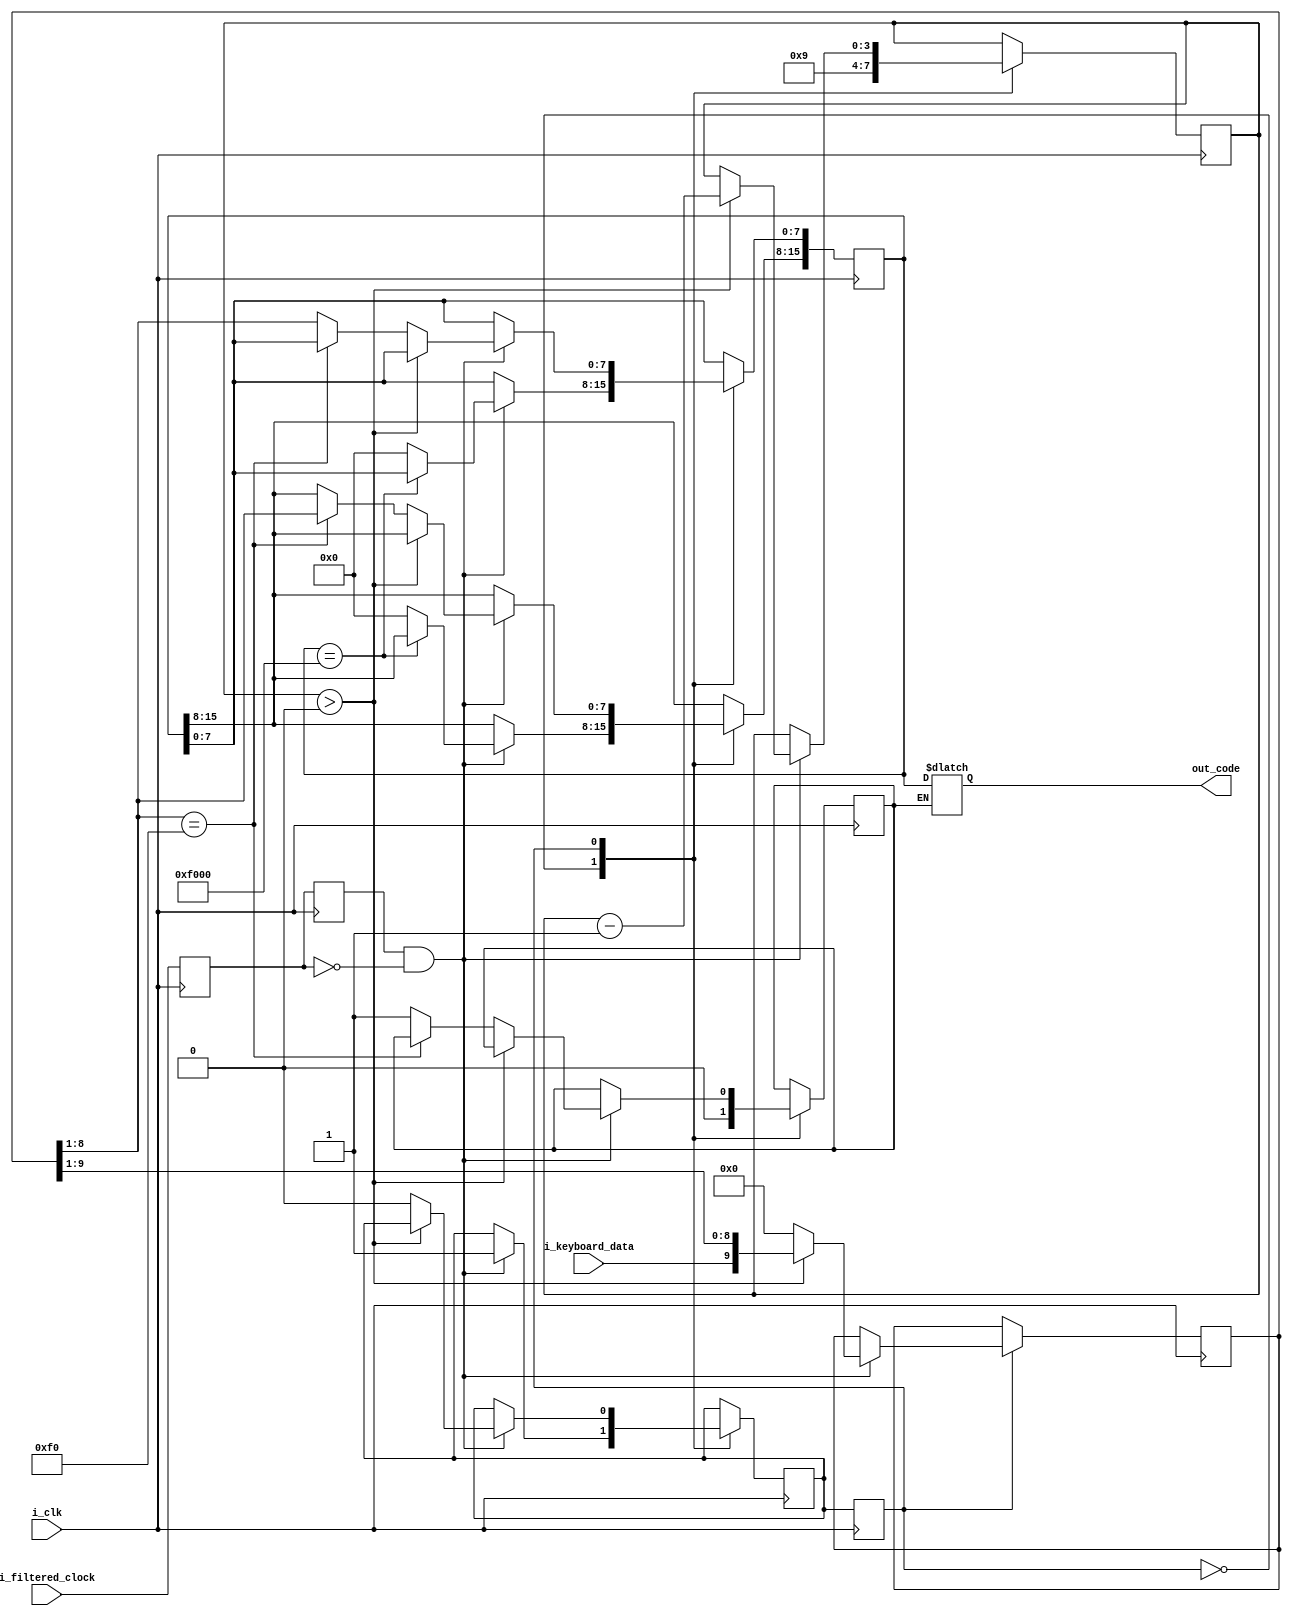
`timescale 1ns / 1ps
//////////////////////////////////////////////////////////////////////////////////
// Company: 
// Engineer: 
// 
// Design Name: 
// Module Name: PS2_receiver
// Project Name: 
// Target Devices: 
// Tool Versions: 
// Description: 
// 
// Dependencies: 
// 
// Revision:
// Revision 0.01 - File Created
// Additional Comments:
// 
//////////////////////////////////////////////////////////////////////////////////




module PS2_receiver(
    input i_clk,
    input i_keyboard_data,
    input i_filtered_clock,
    output reg [15:0] out_code = {8'hF0, 8'h1B}
    );
    
    parameter IDLE = 0;
    parameter RX = 1;

    reg current_state = IDLE;
    reg next_state = IDLE;
    
    reg [3:0] bit_count = 10;
    reg [9:0] incoming_data = 10'b000000000;
    reg data_done;
    reg [15:0] o_keycode = 0;
    reg cur_clock_val, prev_clock_val;
    wire neg_edge;
    
    always @(posedge i_clk)
    begin
        prev_clock_val <= cur_clock_val;
        cur_clock_val <= i_filtered_clock;
        current_state <= next_state;
    end
    
    assign neg_edge = prev_clock_val && ~cur_clock_val;
    
    always @(posedge i_clk)
    begin
    
    case(current_state)
        
        IDLE:
        begin
            bit_count <= 9;
            data_done <= 0;

            if (neg_edge)
            begin
            if (o_keycode == {8'hF0, 8'h00})
                o_keycode <= o_keycode;
            else
                o_keycode <= 0;
            next_state <= RX;
            end
        end
        
        
        
        RX:
        begin
            if (neg_edge)
            begin
                if (bit_count > 0)
                begin
                    incoming_data <= {i_keyboard_data, incoming_data[9:1]};
                    bit_count <= bit_count - 1;
                end
                else
                begin
                    next_state <= IDLE;
                    if (incoming_data[8:1] == 8'hF0)
                    begin
                        o_keycode[15:8] <= incoming_data[8:1];
                        incoming_data <= 0;
                    end
                    else
                    begin
                        o_keycode[7:0] <= incoming_data[8:1];
                        incoming_data <= 0;
                        data_done <= 1;
                    end
                end
            end
        end
    endcase   
    end
    
    always @(i_clk)
    begin
        if(data_done)
            out_code <= o_keycode;
    end

endmodule